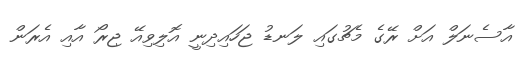
އާސެނަލް އަށް ރޭގެ މެޗުގައި ލަނޑު ޖަހައިދިނީ އޮލިވިއޭ ޖިރޯ އާއި އެރަން